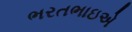
ભરતભાઇએ